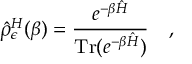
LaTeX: \hat { \rho } _ { \epsilon } ^ { H } ( \beta ) = { \frac { e ^ { - \beta \hat { H } } } { \mathrm { T r } ( e ^ { - \beta \hat { H } } ) } } ~ ~ ~ ,